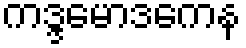
ကဒ္ဒမောဒကေန